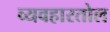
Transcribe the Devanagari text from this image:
व्यवहारतोल